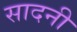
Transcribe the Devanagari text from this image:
सादनी